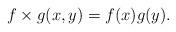
LaTeX: \begin{align*}f\times g(x,y)=f(x)g(y).\end{align*}